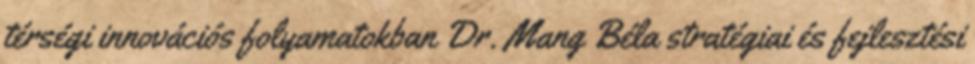
térségi innovációs folyamatokban Dr. Mang Béla stratégiai és fejlesztési